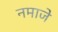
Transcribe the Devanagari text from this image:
नमाजे